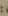
: